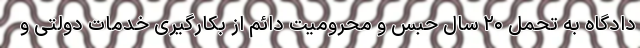
دادگاه به تحمل ۲۰ سال حبس و محرومیت دائم از بکارگیری خدمات دولتی و